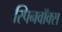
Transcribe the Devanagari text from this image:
स्पिनवॉक्स